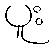
ပူး